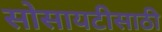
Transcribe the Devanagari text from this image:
सोसायटीसाठी